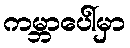
ကမ္ဘာပေါ်မှာ